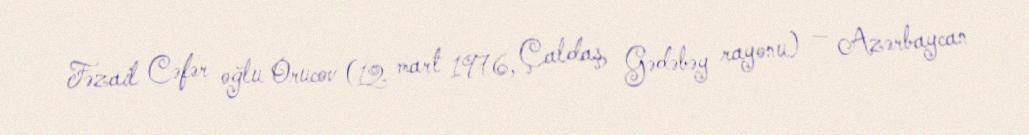
Fəzail Cəfər oğlu Orucov (12 mart 1976, Çaldaş, Gədəbəy rayonu) — Azərbaycan